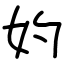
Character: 妁